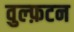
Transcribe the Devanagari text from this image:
वुल्फ़टन